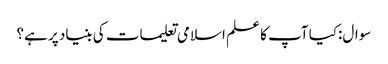
سوال:کیا آپ کا علم اسلامی تعلیمات کی بنیاد پر ہے؟